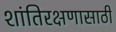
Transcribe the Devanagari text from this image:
शांतिरक्षणासाठी